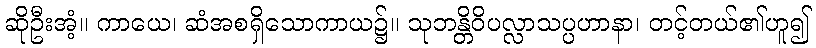
ဆိုဦးအံ့။ ကာယေ၊ ဆံအစရှိသောကာယ၌။ သုဘန္တိဝိပလ္လာသပ္ပဟာနာ၊ တင့်တယ်၏ဟူ၍